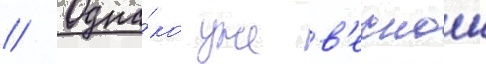
// Одна́ко уже в'еснои